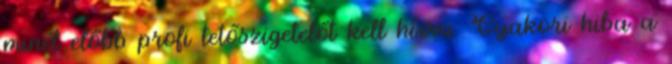
minél előbb profi tetőszigetelőt kell hívni. Gyakori hiba a